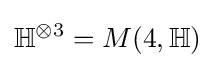
\mathbb {H} ^{\otimes 3}=M(4,\mathbb {H} )